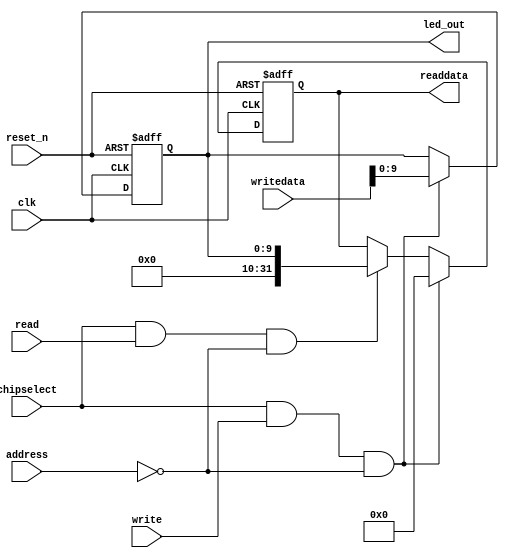
module CustomIP(
	input [1:0] address,
	input chipselect,
	input clk,
	input read,
	input reset_n,
	input write,
	input [31:0] writedata,
	output [9:0] led_out,
	output reg [31:0] readdata
);
   
   reg [9:0] DATA;
   
   always@(posedge clk or negedge reset_n)
   begin
	if(reset_n == 1'b0) 
	begin
		DATA<=10'b0;
		readdata<=32'b0;
    end
	else if (chipselect && write && (address == 2'b0))
	begin
		DATA<= writedata[9:0];
		readdata<=32'b0;
	end
	else if (chipselect && read && (address == 2'b0))
	begin
		readdata<= DATA;
		DATA<=DATA;
	end
    end
	
	assign led_out = DATA;
	
endmodule